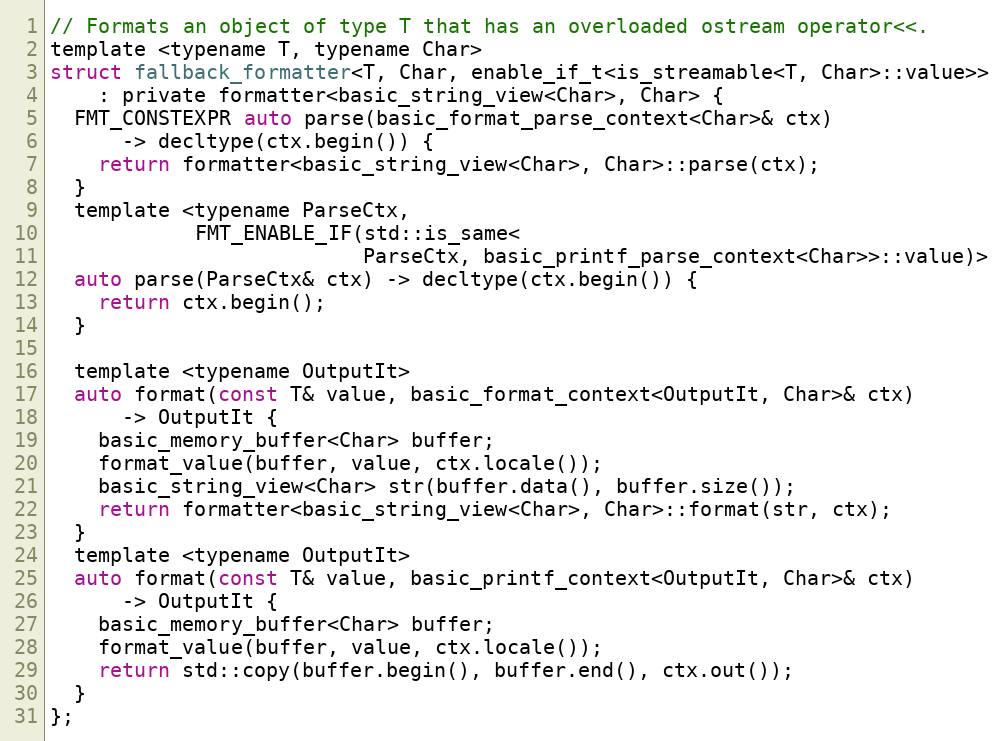
Language: C
// Formats an object of type T that has an overloaded ostream operator<<.
template <typename T, typename Char>
struct fallback_formatter<T, Char, enable_if_t<is_streamable<T, Char>::value>>
    : private formatter<basic_string_view<Char>, Char> {
  FMT_CONSTEXPR auto parse(basic_format_parse_context<Char>& ctx)
      -> decltype(ctx.begin()) {
    return formatter<basic_string_view<Char>, Char>::parse(ctx);
  }
  template <typename ParseCtx,
            FMT_ENABLE_IF(std::is_same<
                          ParseCtx, basic_printf_parse_context<Char>>::value)>
  auto parse(ParseCtx& ctx) -> decltype(ctx.begin()) {
    return ctx.begin();
  }

  template <typename OutputIt>
  auto format(const T& value, basic_format_context<OutputIt, Char>& ctx)
      -> OutputIt {
    basic_memory_buffer<Char> buffer;
    format_value(buffer, value, ctx.locale());
    basic_string_view<Char> str(buffer.data(), buffer.size());
    return formatter<basic_string_view<Char>, Char>::format(str, ctx);
  }
  template <typename OutputIt>
  auto format(const T& value, basic_printf_context<OutputIt, Char>& ctx)
      -> OutputIt {
    basic_memory_buffer<Char> buffer;
    format_value(buffer, value, ctx.locale());
    return std::copy(buffer.begin(), buffer.end(), ctx.out());
  }
};